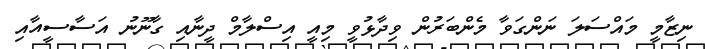
ނިޒާމީ މައްސަލަ ނަންގަވާ މެންބަރުން ވިދާޅުވީ މިއީ އިސްލާމް ދީނާއި ގާނޫނު އަސާސީއާއި